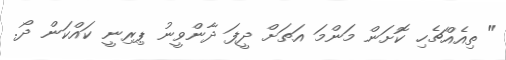
" ތިއެއްޗެހި ކޮށަން މަންމަ އަތަށް ދީފަ ދާންވީނު ޕިރިނީ ކައްކަން ދޯ.